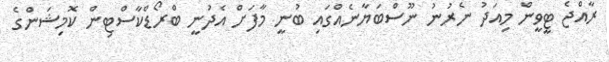
ރާއްޖެ ޓީވީން މިއަދު ނެރުނު ނޫސްބަޔާނެއްގައި ބުނީ މާފަށް އެދުނީ ބްރޯޑްކާސްޓިން ކޮމިޝަންގެ